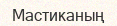
Мастиканың